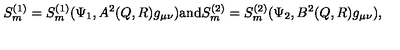
S _ { m } ^ { ( 1 ) } = S _ { m } ^ { ( 1 ) } ( \Psi _ { 1 } , A ^ { 2 } ( Q , R ) g _ { \mu \nu } ) \mathrm { a n d } S _ { m } ^ { ( 2 ) } = S _ { m } ^ { ( 2 ) } ( \Psi _ { 2 } , B ^ { 2 } ( Q , R ) g _ { \mu \nu } ) ,